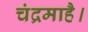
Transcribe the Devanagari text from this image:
चंद्रमाहै।